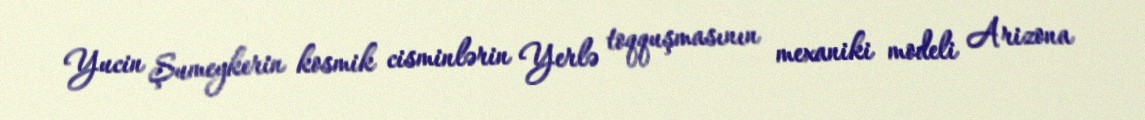
Yucin Şumeykerin kosmik cisminlərin Yerlə toqquşmasının mexaniki modeli Arizona